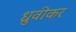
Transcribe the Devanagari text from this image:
ध्रुवीकर